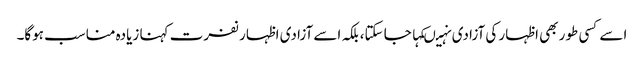
اسے کسی طور بھی اظہار کی آزادی نہیںکہا جا سکتا،بلکہ اسے آزادی اظہار نفرت کہنا زیادہ مناسب ہوگا۔